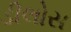
ડીલોસ